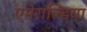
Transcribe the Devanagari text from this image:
एमेराल्डिया